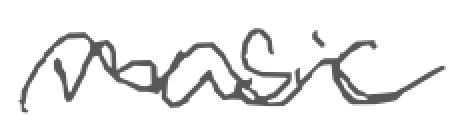
Text: music
Cross-out: wave
Writing tool: pencil